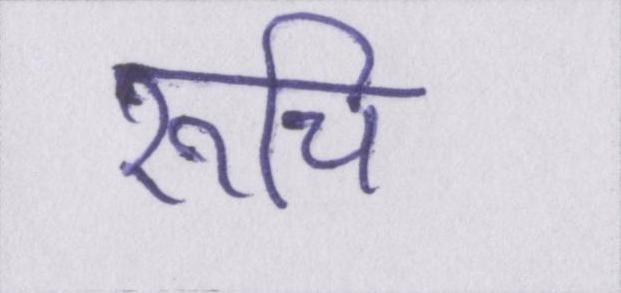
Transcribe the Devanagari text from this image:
रूचि